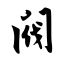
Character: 阀